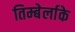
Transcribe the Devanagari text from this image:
तिम्बेर्लाके